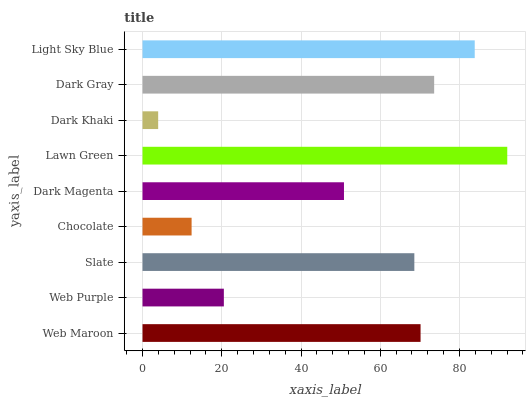
| yaxis_label | bars |
 | --- | --- |
 | Web Maroon | 70.2 |
 | Web Purple | 20.5 |
 | Slate | 68.6 |
 | Chocolate | 12.4 |
 | Dark Magenta | 50.8 |
 | Lawn Green | 92.1 |
 | Dark Khaki | 3.95 |
 | Dark Gray | 73.6 |
 | Light Sky Blue | 83.8 |